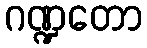
ဂဏ္ဍတော